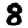
Digit: 8